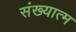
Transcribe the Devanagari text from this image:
संख्यात्म